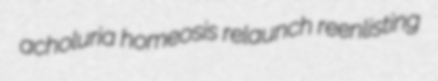
acholuria homeosis relaunch reenlisting